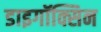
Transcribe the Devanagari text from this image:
डाइगॉक्सिन